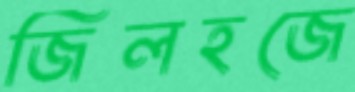
জিলহজে